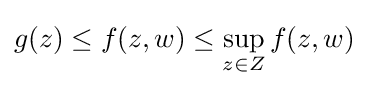
g(z)\leq f(z,w)\leq \sup _{z\in Z}f(z,w)